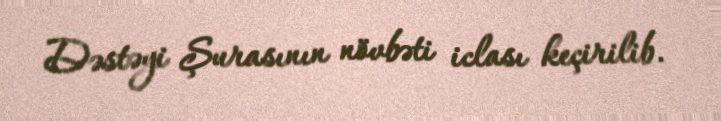
Dəstəyi Şurasının növbəti iclası keçirilib.